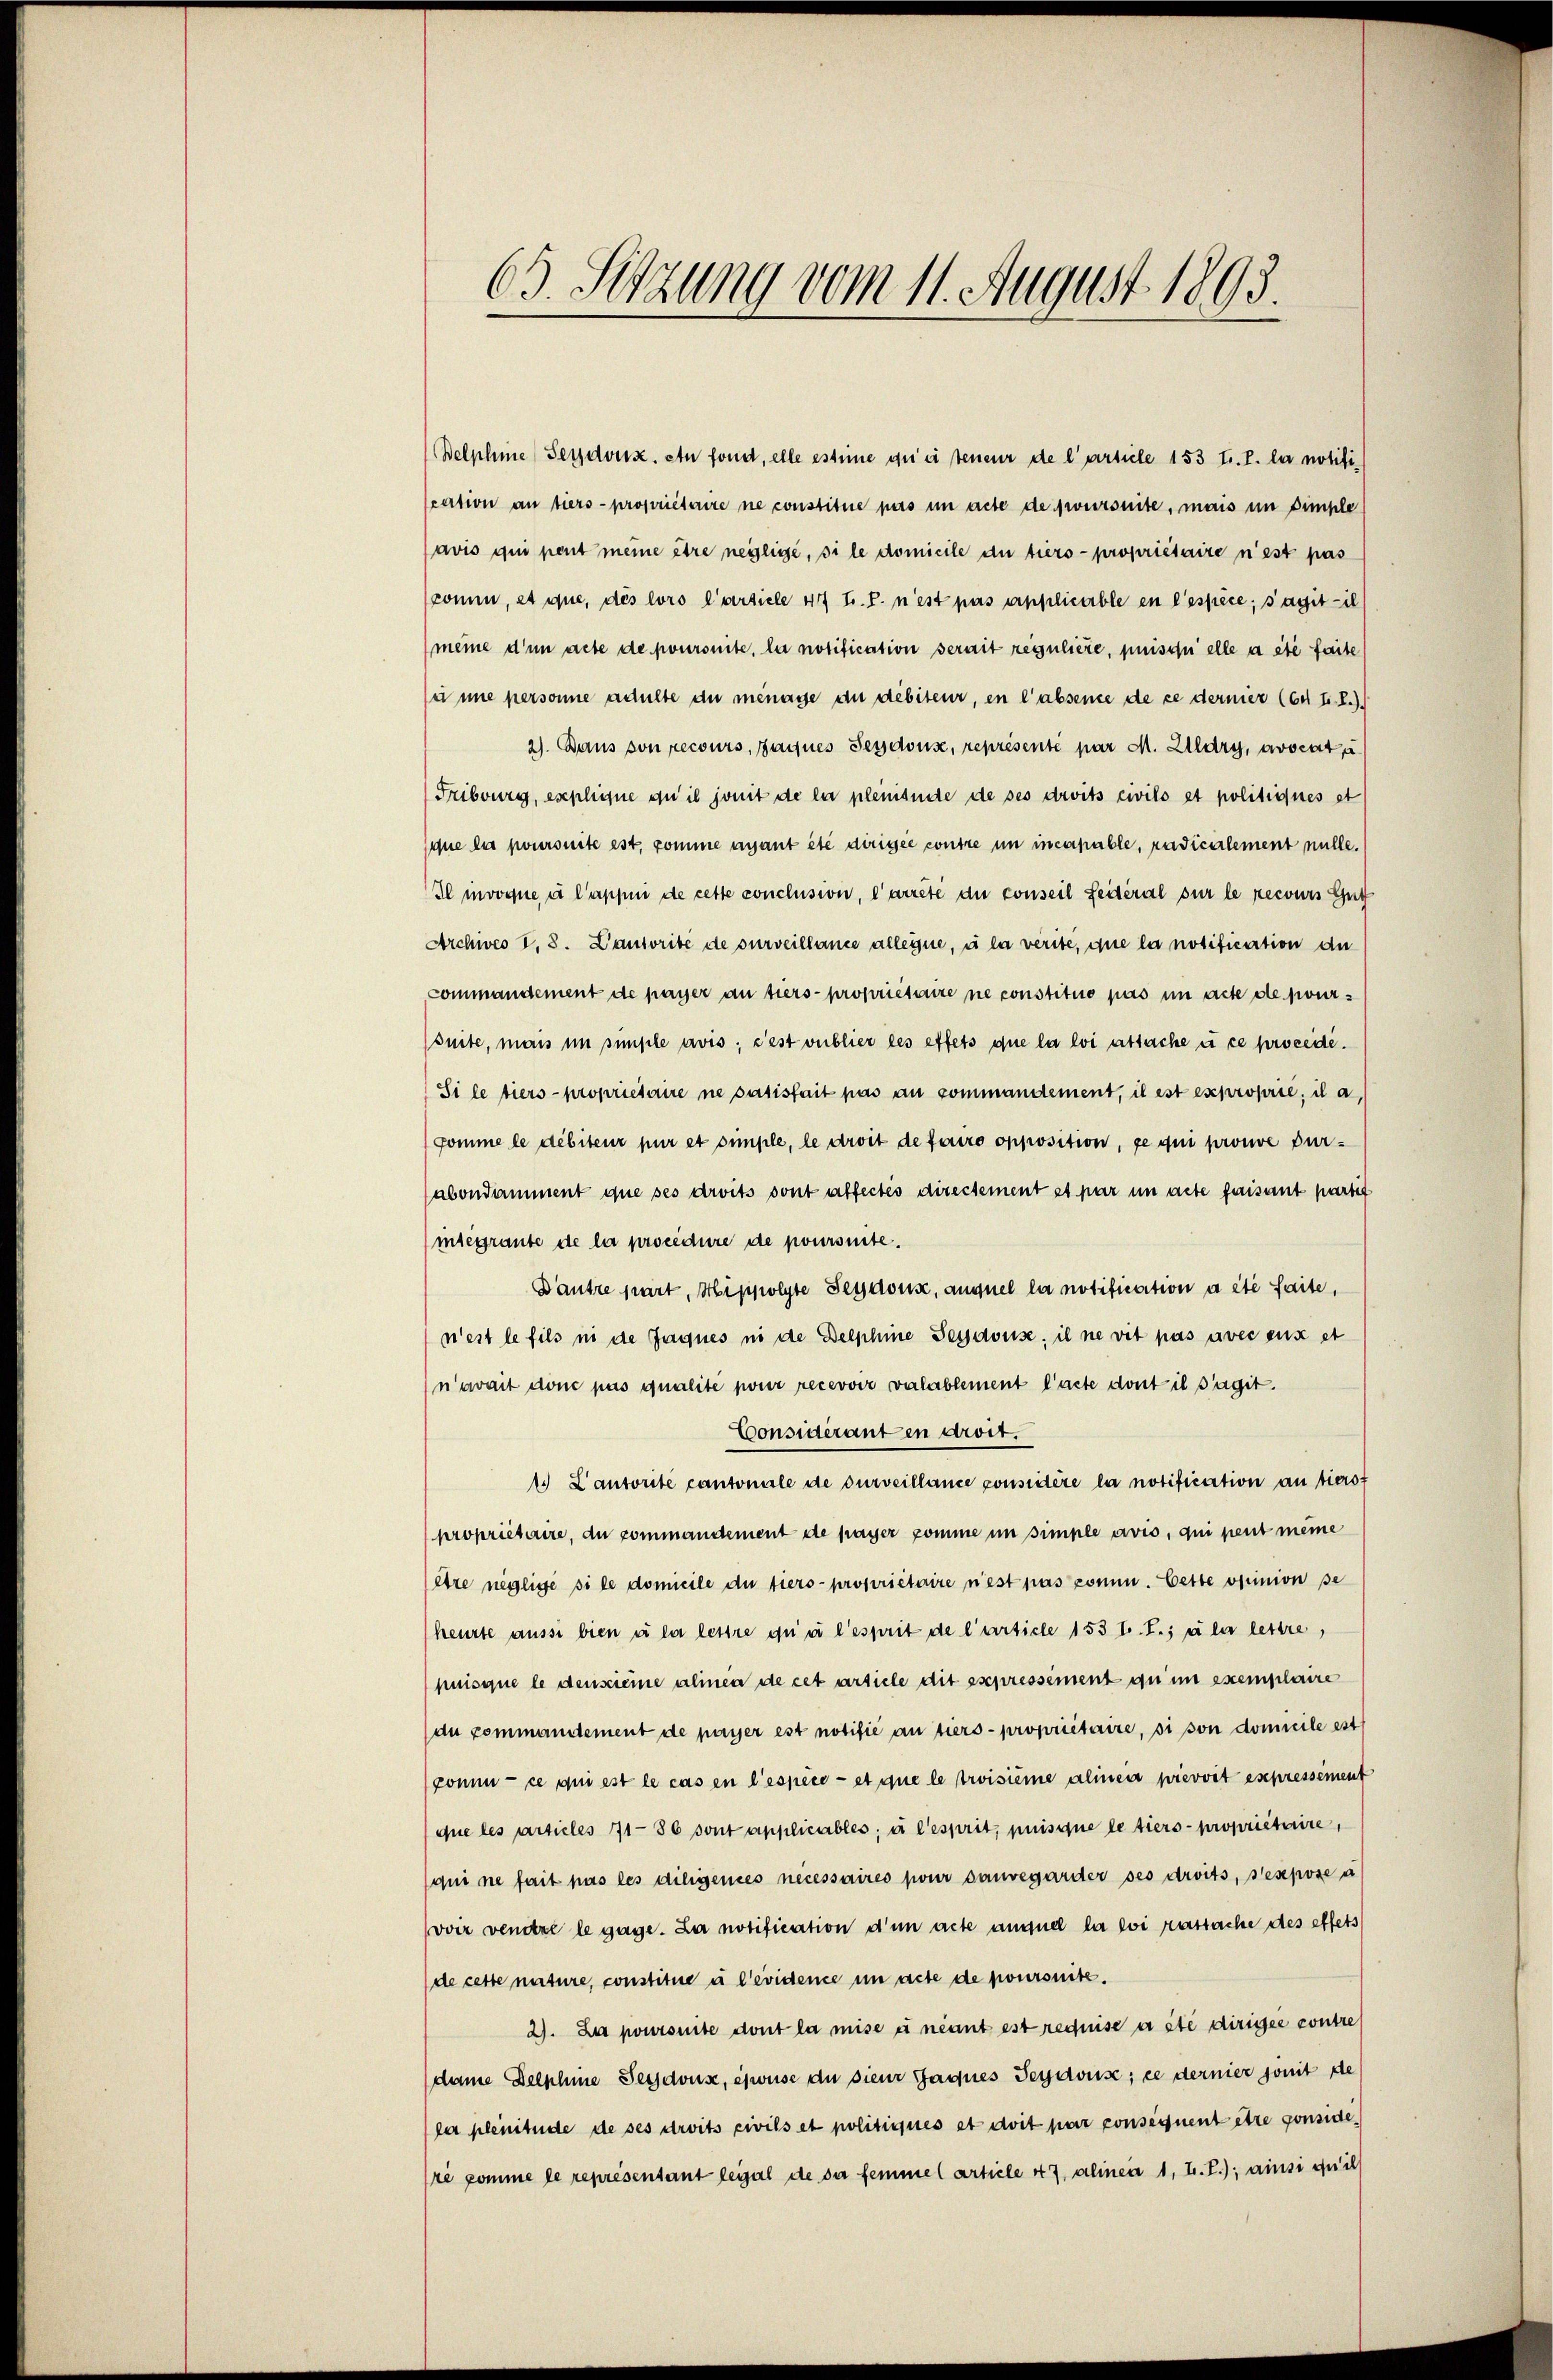
63. Sitzung vom 11. August 1893.

Belphine Seydoux, en fond, elle estime qui teneur de l’article 153 f. I. la notifiscation an tiers- propriétaire ne constitue pas im acte de fwursuite, mais im Simple
avis qui peut meine être neglige, si le domicile du tiers- propriétaire n’est pas
komne, et que, des loro Carsiele 47 t. P. n’est pas applicable en l’espèce, s’agit — il
meine d’un acte de poursuite, la notification serait reguliere, puisquelle a été faite
sei une personne adulte du ménage an debiteur, en l'absence de ce dernier (Es I. R.)
2). Dans von recours, Zagnes Sesdouse, représenté par M. Wldry, avocata
Fribourg, explique ou il somit de la plenisite de ses droits civilo et politiques st
siue la poursuite est, komme avant été dirigée contre in incapable, radicalement nulle.
Il invoque à l’appei de cette conclusion, l’arrêté du conseil Seiteral sur le recours Gutt
Archives I, 8. Dautorité de surveillance alleine, u la verite, que la notification de
commandement de passer an tiers- propriétaire ne constituo pas im acte de pour-
suite, man im simple avis; c’est vublier les effets que la loi attache u ce procedi¬
(Si le tiers- proprietaire ne satisfait pas au commandement, il est exproprie; il a,
Pomme le débiteur pur et simple, le droit de faire opposition, ge qui prouve durabondamment que ses droits sont abfectes directement et par um acte faisant partit
(integrante de la procedure de poursuite.
Dautre part, Hippolyte Sessions, auquel la notification a été faite,
nest le fils ni de Jaques ni de Delphine Sessdouse; il ne vit pas avec eux et
n’avait donc pas qualité pour recevoir valablement l’acte dont il s’agit.
Considéranten droit.
1. L’autorite cantoniale de surveillance considère la notification an tierst
propriétaire, du commandement de payer pomme in simple avis, qui peut meine
être negliche si le domicile du tiers- propriétaire n’est pas comm. Cette opinion se
(heurte aussi bien à la lestre qui l’esprit de l’article 153 f. I.; aber lettre,
puisque le densciemme alinen de cet artiele dit ssepressément qu in exemplaire
du commandement de payer est notifié au tiers- propriétaire, si son domicile est
ponne - ce qui est le cas en l’espèce - et que le troisième alinen wievvit expressement
que les articles 71-86 sont applicables; à l’esprit, puisque le tiers- propriétaire,
(qui ne fait pas les diligenes necessaires pour sauvegarder ses droits, sexpose a
voir vendre le gage. La notification d’un acte auguel la loi rastache des effets
(de cette nature, constitue u l’évidence in acte de poursuite.
2). La poursuite dont la mise u nennt est requise a été dirigée contre
(dame Delphine Seesdouse, eswuse du sieur Gaques Seydouse; ce dernier somit de
(la plenitude de ses droits civils et politiques et doit par consequent être conside
sre somme le représentant legal de der femme (article 47, alinea 1, L. T.); ainsi qu’il